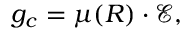
\begin{array} { r } { g _ { c } = \boldsymbol { \mu } ( \boldsymbol { R } ) \cdot \boldsymbol { \mathcal { E } } , } \end{array}